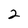
Character: 2